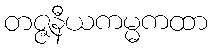
တဇ္ဇနီယကမ္မကထာ